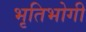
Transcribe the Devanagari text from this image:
भृतिभोगी